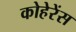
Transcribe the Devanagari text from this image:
कोहेरेंस